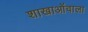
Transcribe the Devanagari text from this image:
शाखाओंवाला